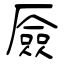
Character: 厱